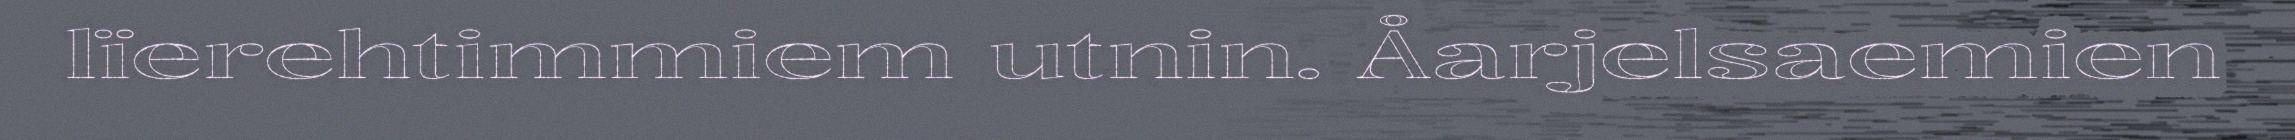
lïerehtimmiem utnin. Åarjelsaemien